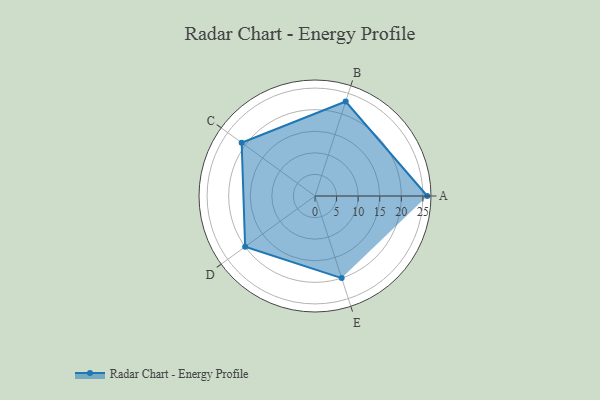
{"axis": {"x": "Skill", "y": "Score"}, "legend": ["Profile"], "data": [{"x": "A", "y": 26.0, "type": "Profile"}, {"x": "B", "y": 23.0, "type": "Profile"}, {"x": "C", "y": 21.0, "type": "Profile"}, {"x": "D", "y": 20, "type": "Profile"}, {"x": "E", "y": 20, "type": "Profile"}]}